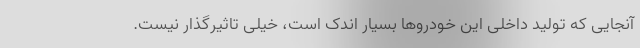
آنجایی که تولید داخلی این خودروها بسیار اندک است، خیلی تاثیرگذار نیست.